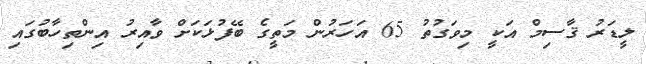
ލީޑަރު ޤާސިމް އަކީ މިވަގުތު 65 އަހަރުން މަތީގެ ބޭފުޅަކަށް ވާއިރު އިންތިހާބުގައި